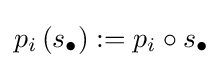
p_{i}\left(s_{\bullet }\right):=p_{i}\circ s_{\bullet }